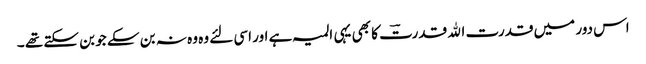
اس دور میں قدرت اﷲ قدرتؔ کا بھی یہی المیہ ہے اور اسی لئے وہ وہ نہ بن سکے جو بن سکتے تھے ۔